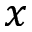
x